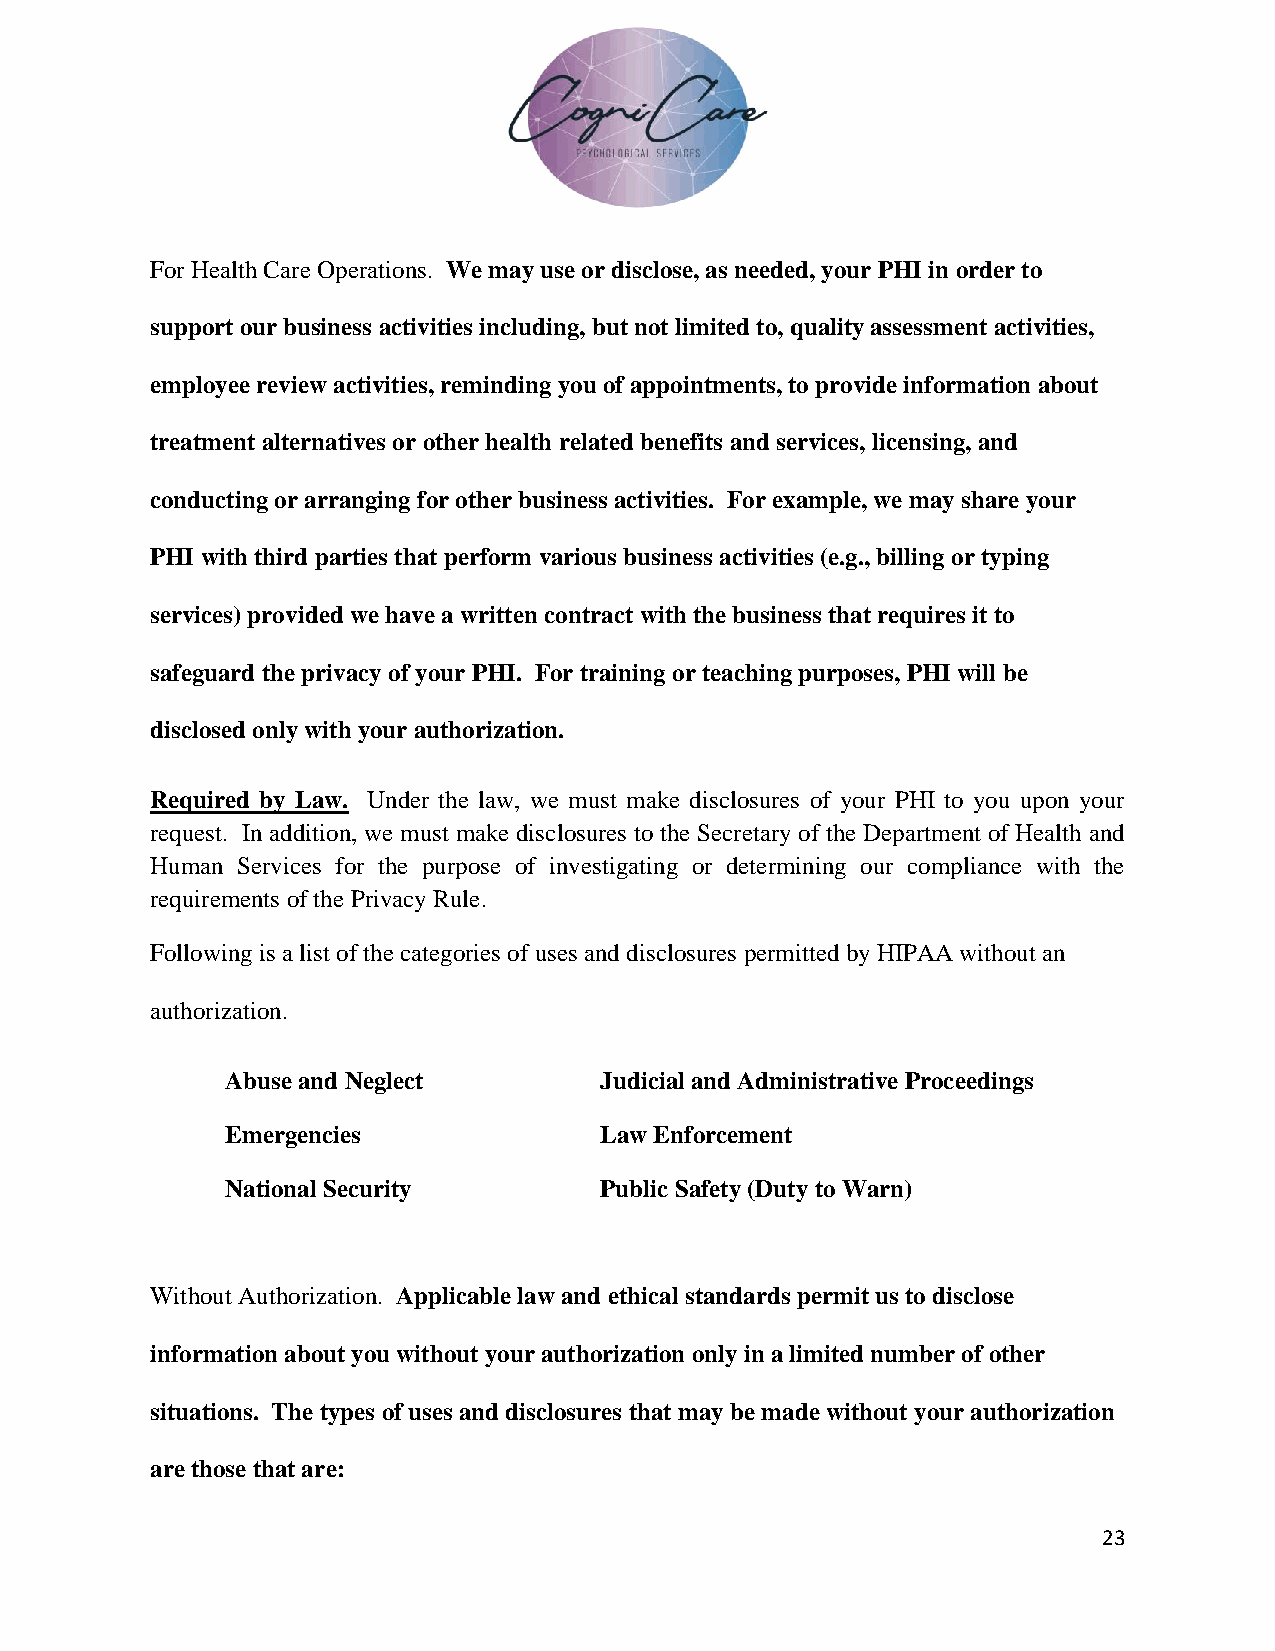
For Health Care Operations. We may use or disclose, as needed, your PHI in order to
 support our business activities including, but not limited to, quality assessment activities,
 employee review activities, reminding you of appointments, to provide information about
 treatment alternatives or other health related benefits and services, licensing, and
 conducting or arranging for other business activities. For example, we may share your
 PHI with third parties that perform various business activities (e.g., billing or typing
 services) provided we have a written contract with the business that requires it to
 safeguard the privacy of your PHI. For training or teaching purposes, PHI will be
 disclosed only with your authorization.
 Required by Law. Under the law, we must make disclosures of your PHI to you upon your
 request. In addition, we must make disclosures to the Secretary of the Department of Health and
 Human Services for the purpose of investigating or determining our compliance with the
 requirements of the Privacy Rule.
 Following is a list of the categories of uses and disclosures permitted by HIPAA without an
 authorization.
 Abuse and Neglect        Judicial and Administrative Proceedings
 Emergencies              Law Enforcement
 National Security        Public Safety (Duty to Warn)
 Without Authorization. Applicable law and ethical standards permit us to disclose
 information about you without your authorization only in a limited number of other
 situations. The types of uses and disclosures that may be made without your authorization
 are those that are:
 23